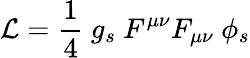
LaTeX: {\cal L}=\frac{1}{4}\ g_{s}\ F^{\mu\nu}F_{\mu\nu}\ \phi_{s}